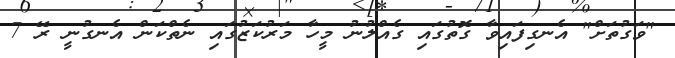
"ވަގުތަށް" އެނގިފައިވާ ގޮތުގައި ގެއްލުނު މީހާ މަރުކަޒުގައި ނެތްކަން އެނގުނީ ރޭ 7